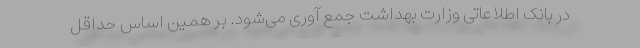
در بانک اطلاعاتی وزارت بهداشت جمع آوری می‌شود. بر همین اساس حداقل